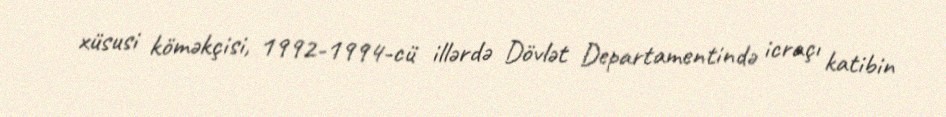
xüsusi köməkçisi, 1992-1994-cü illərdə Dövlət Departamentində icraçı katibin